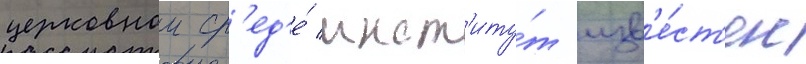
церковнои ср'ед'е́ инст'иту́т изв'е́ст'ен